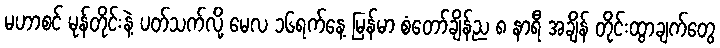
မဟာစင် မုန်တိုင်းနဲ့ ပတ်သက်လို့ မေလ ၁၆ရက်နေ့ မြန်မာ စံတော်ချိန်ည ၈ နာရီ အချိန် တိုင်းထွာချက်တွေ